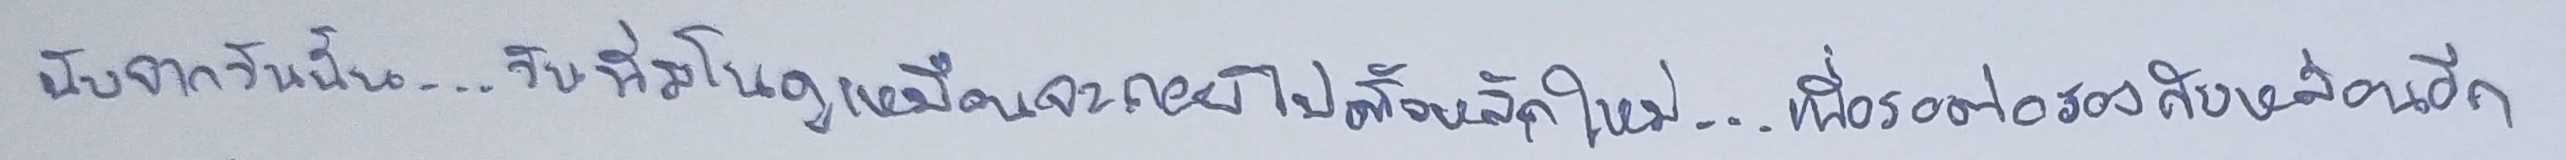
นับจากวันนั้น...วันที่มโนดูเหมือนจะถอยไปตั้งหลักใหม่...เพื่อรอต่อรองกับหล่อนอีก